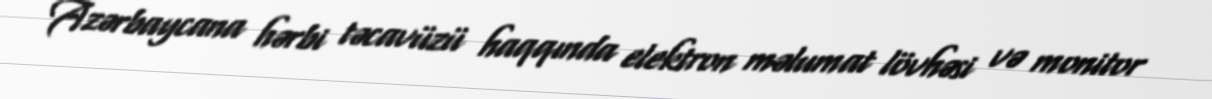
Azərbaycana hərbi təcavüzü haqqında elektron məlumat lövhəsi və monitor